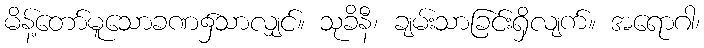
မိန့်တော်မူသောခဏ၌သာလျှင်။ သုခိနီ၊ ချမ်းသာခြင်းရှိလျက်။ အရောဂါ၊